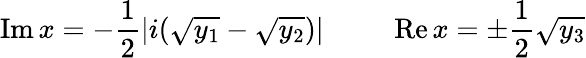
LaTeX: \mathrm{Im}\, x=-\frac{1}{2}|i(\sqrt{y_{1}}-\sqrt{y_{2}})|\ \ \ \ \ \ \ \ \ \ \mathrm{Re}\, x=\pm\frac{1}{2}\sqrt{y_{3}}